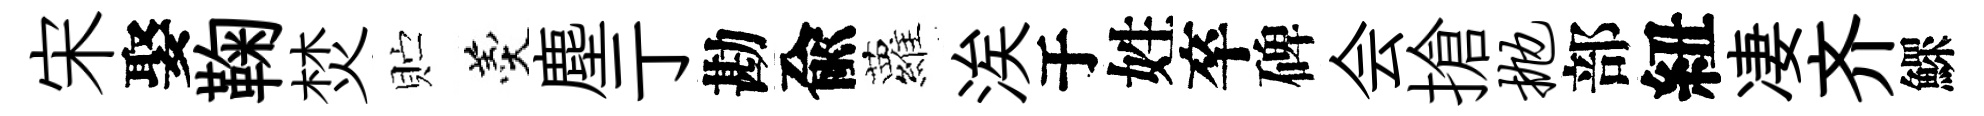
宋娶鞠焚贮羹塵亍勘兪蘿涘于姓卒碑会搶抛部紐凄齐鰥